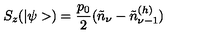
S _ { z } ( | \psi > ) = \frac { p _ { 0 } } { 2 } ( \tilde { n } _ { \nu } - \tilde { n } _ { \nu - 1 } ^ { ( h ) } )